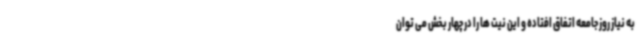
به نیاز روز جامعه اتفاق افتاده و این نیت ها را در چهار بخش می توان